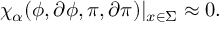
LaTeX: \chi _ { \alpha } ( \phi , \partial \phi , \pi , \partial \pi ) | _ { x \in \Sigma } \approx 0 .